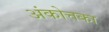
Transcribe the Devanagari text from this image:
अंकोत्तका